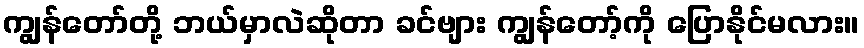
ကျွန်တော်တို့ ဘယ်မှာလဲဆိုတာ ခင်ဗျား ကျွန်တော့်ကို ပြောနိုင်မလား။